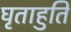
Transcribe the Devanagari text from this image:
घृताहुति